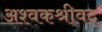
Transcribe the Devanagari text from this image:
अश्वकश्रीवद्‌